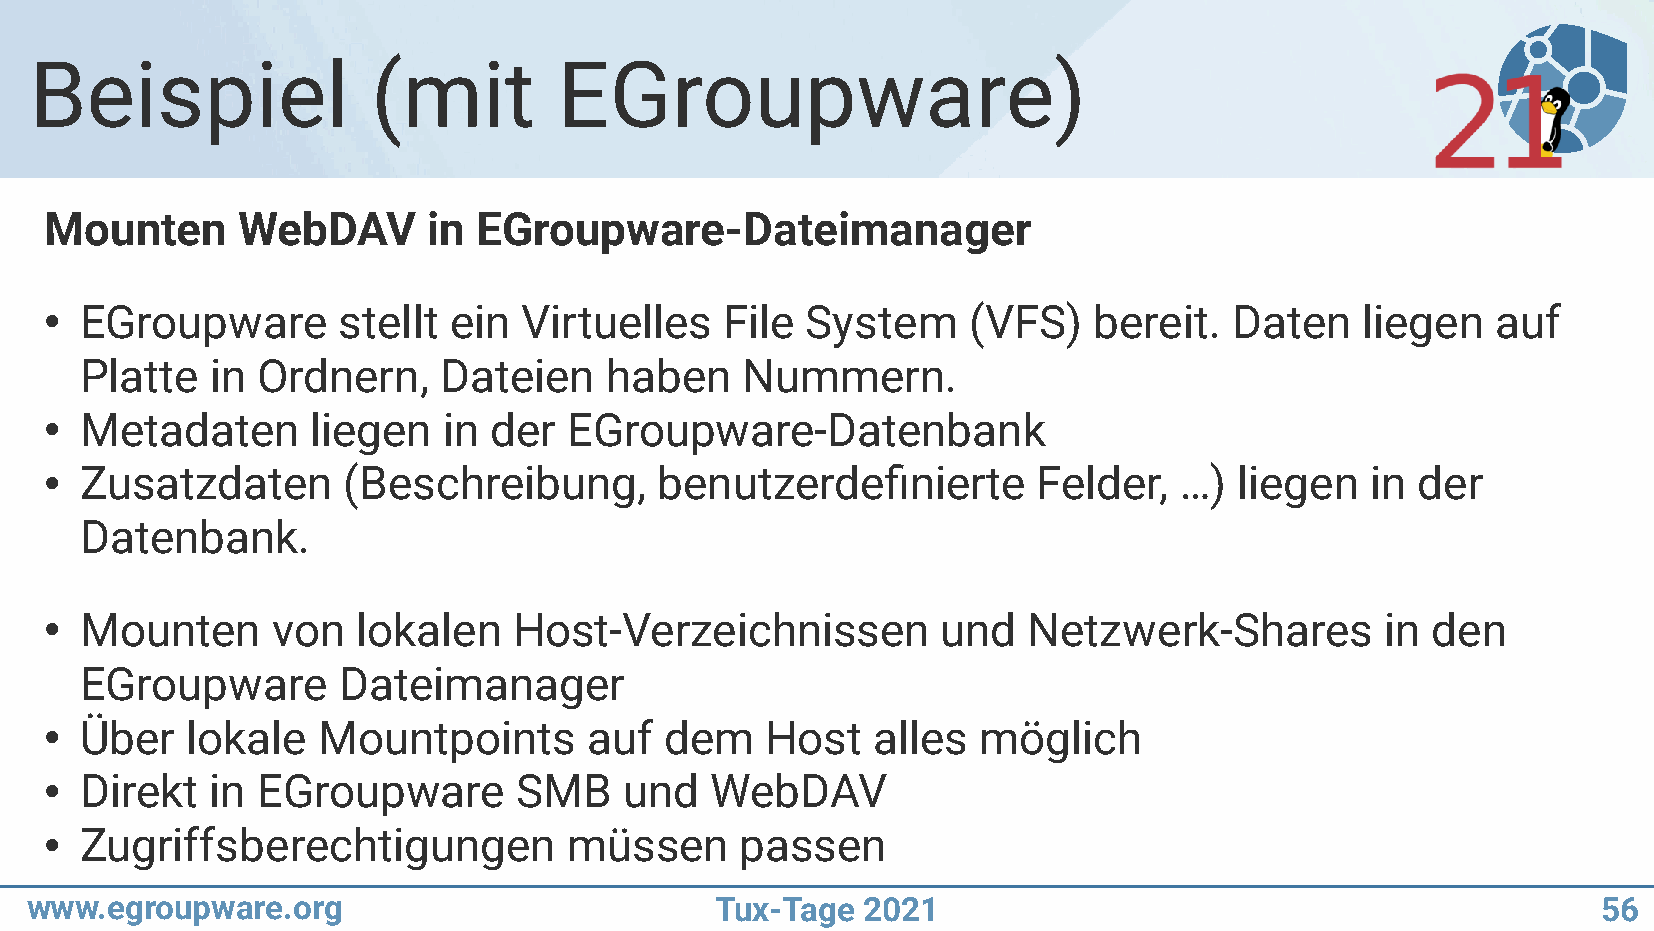
Beispiel               (mit        EGroupware)
 Mounten      WebDAV      in  EGroupware-Dateimanager
 EGroupware       stellt  ein  Virtuelles   File System     (VFS)   bereit.   Daten   liegen   auf
 ●
 Platte   in Ordnern,    Dateien    haben    Nummern.
 Metadaten       liegen  in der   EGroupware-Datenbank
 ●
 Zusatzdaten       (Beschreibung,       benutzerdefinierte       Felder,  …)  liegen   in der
 ●
 Datenbank.
 Mounten      von   lokalen   Host-Verzeichnissen         und   Netzwerk-Shares         in den
 ●
 EGroupware       Dateimanager
 Über   lokale   Mountpoints       auf  dem    Host   alles  möglich
 ●
 Direkt   in EGroupware       SMB    und   WebDAV
 ●
 Zugriffsberechtigungen           müssen     passen
 ●
 www.egroupware.org                           Tux-Tage  2021                                             56